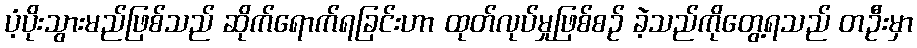
ပံ့ပိုးသွားမည်ဖြစ်သည် ဆိုက်ရောက်ရခြင်းဟာ ထုတ်လုပ်မှုဖြစ်စဉ် ခဲ့သည်ကိုတွေ့ရသည် တဦးမှာ